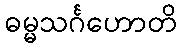
ဓမ္မသင်္ဂဟောတိ